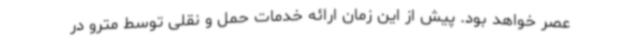
عصر خواهد بود. پیش از این زمان ارائه خدمات حمل و نقلی توسط مترو در